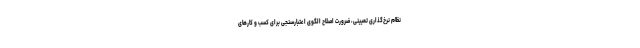
نظام نرخ‌گذاری تعیینی، ضرورت اصلاح الگوی اعتبارسنجی برای کسب و کارهای